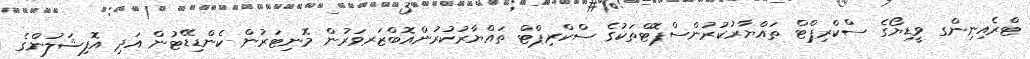
ޓްރެއިނިންގ ވީޑިޔޯގެ ސްކްރިޕްޓް ތައްޔާރުކުރުންސްޕޮޓްތަކުގެ ސްކްރިޕްޓް ތައްޔާރުކުރުންއޮބްޒަރވަރުން މޮނިޓަރުން ކެންޑިޑޭޓުން އަދި އޮފިޝަލުންގެ